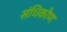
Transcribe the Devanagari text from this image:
संधिकोण